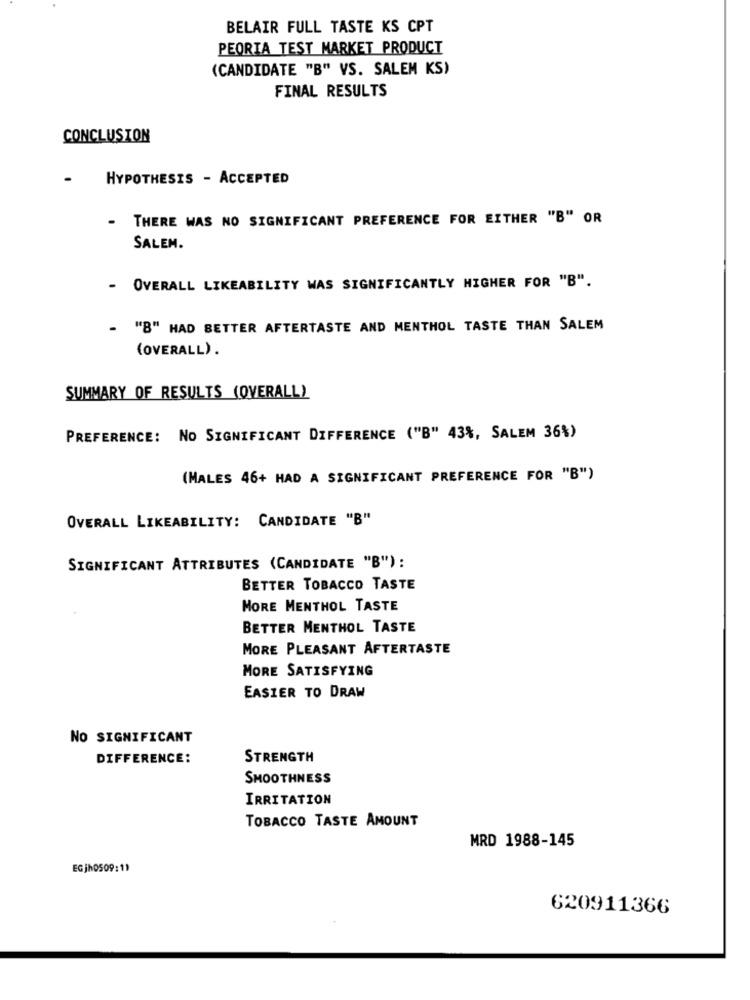
BELAIR FULL TASTE KS CPT
PEORIA TEST MARKET PRODUCT
(CANDIDATE "B" VS. SALEM KS)
FINAL RESULTS
CONCLUSION
.
HYPOTHESIS - ACCEPTED
- THERE WAS NO SIGNIFICANT PREFERENCE FOR EITHER "B" OR
SALEM.
OVERALL LIKEABILITY WAS SIGNIFICANTLY HIGHER FOR "B".
""B" HAD BETTER AFTERTASTE AND MENTHOL TASTE THAN SALEM
(OVERALL).
SUMMARY OF RESULTS (OVERALL)
PREFERENCE: NO SIGNIFICANT DIFFERENCE ("B" 43%, SALEM 36%)
(MALES 46+ HAD A SIGNIFICANT PREFERENCE FOR "B")
OVERALL LIKEABILITY: CANDIDATE "B"
SIGNIFICANT ATTRIBUTES (CANDIDATE "B") :
BETTER TOBACCO TASTE
MORE MENTHOL TASTE
BETTER MENTHOL TASTE
MORE PLEASANT AFTERTASTE
MORE SATISFYING
EASIER TO DRAW
NO SIGNIFICANT
DIFFERENCE:
STRENGTH
SMOOTHNESS
IRRITATION
TOBACCO TASTE AMOUNT
MRD 1988-145
620911366